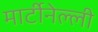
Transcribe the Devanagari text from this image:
मार्टीनेल्ली